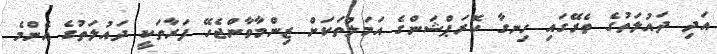
އަދި ދައުލަތުގެ ތެރޭގައި ހިނގާ ކޮރަޕްޝަންގެ އަމަލުތަކަށް ޒިންމާވާންޖެހޭ ފަރާތަކީ ދައުލަތުގެ އެންމެ